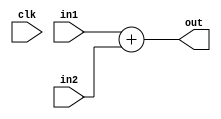
module add_16(in1, in2 , out,clk);

	output  [15:0]  out;

	input clk;
	input  [15:0] in1, in2;
	
	assign out = in1+in2;
	
endmodule